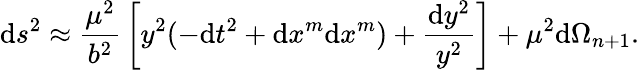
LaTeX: \mathrm{d}s^{2}\approx{\frac{{\mu^{2}}}{{b^{2}}}}\left[y^{2}(-\mathrm{d}t^{2}+\mathrm{d}x^{m}\mathrm{d}x^{m})+{\frac{{\mathrm{d}y^{2}}}{{y^{2}}}}\right]+\mu^{2}\mathrm{d}\Omega_{n+1}.